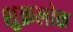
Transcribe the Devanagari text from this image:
शुक्रलोक